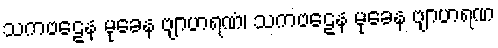
သကဗဠေန မုခေန ဗျာဟရဏံ၊ သကဗဠေန မုခေန ဗျာဟရဏ